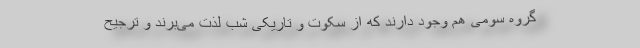
گروه سومی هم وجود دارند که از سکوت و تاریکی شب لذت می‌برند و ترجیح